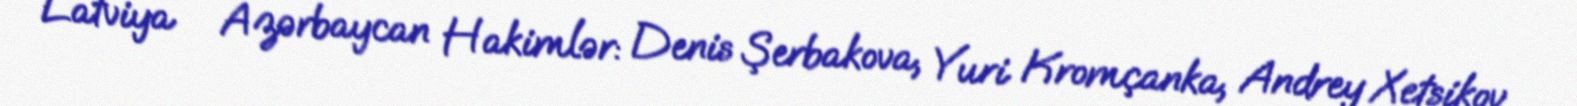
Latviya – Azərbaycan Hakimlər: Denis Şerbakova, Yuri Kromçanka, Andrey Xetsikov